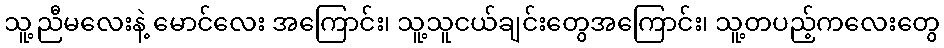
သူ့ညီမလေးနဲ့ မောင်လေး အကြောင်း၊ သူ့သူငယ်ချင်းတွေအကြောင်း၊ သူ့တပည့်ကလေးတွေ